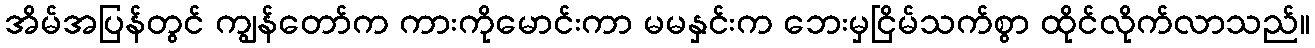
အိမ်အပြန်တွင် ကျွန်တော်က ကားကိုမောင်းကာ မမနှင်းက ဘေးမှငြိမ်သက်စွာ ထိုင်လိုက်လာသည်။